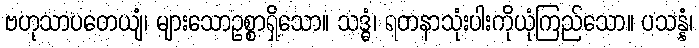
ဗဟုသာပတေယျံ၊ များသောဥစ္စာရှိသော။ သဒ္ဓံ၊ ရတနာသုံးပါးကိုယုံကြည်သော။ ပသန္နံ၊